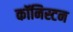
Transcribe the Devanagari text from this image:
कॉनिस्टन